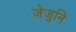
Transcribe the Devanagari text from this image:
जेजुनि